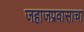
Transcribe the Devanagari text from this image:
जहाजप्रवासाचा